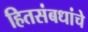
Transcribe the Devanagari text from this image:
हितसंबधांचे